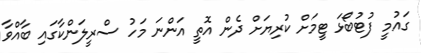
ގައުމީ ފުޓުބޯޅަ ޓީމަށް ކުރިޔަށް ދެން އޮތީ އަންނަ މަހު ސްރީލަންކާގައި ބާއްވާ